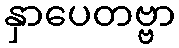
နှာပေတဗ္ဗာ